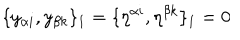
LaTeX: \{ y _ { \alpha i } , y _ { \beta k } \} _ { 1 } = \{ \eta ^ { \alpha i } , \eta ^ { \beta k } \} _ { 1 } = 0